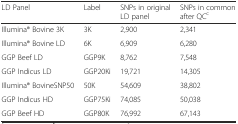
<table><thead><tr><td><b>LD Panel</b></td><td><b>Label</b></td><td><b>SNPs in original LD panel</b></td><td><b>SNPs in common after QC<sup>c</sup></b></td></tr></thead><tbody><tr><td>Illumina® Bovine 3K</td><td>3K</td><td>2,900</td><td>2,341</td></tr><tr><td>Illumina® Bovine LD</td><td>6K</td><td>6,909</td><td>6,280</td></tr><tr><td>GGP Beef LD</td><td>GGP9K</td><td>8,762</td><td>7,548</td></tr><tr><td>GGP Indicus LD</td><td>GGP20Ki</td><td>19,721</td><td>14,305</td></tr><tr><td>Illumina® BovineSNP50</td><td>50K</td><td>54,609</td><td>38,802</td></tr><tr><td>GGP Indicus HD</td><td>GGP75Ki</td><td>74,085</td><td>50,038</td></tr><tr><td>GGP Beef HD</td><td>GGP80K</td><td>76,992</td><td>67,143</td></tr></tbody></table>